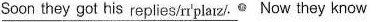
\underline{Soon they got his replies/rr'plarzl}.Now they know